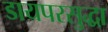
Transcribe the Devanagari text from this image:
डायपरसुद्धा